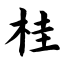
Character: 桂